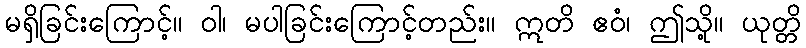
မရှိခြင်းကြောင့်။ ဝါ၊ မပါခြင်းကြောင့်တည်း။ ဣတိ ဧဝံ၊ ဤသို့။ ယုတ္တိ